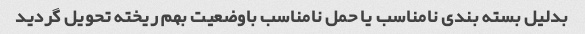
بدلیل بسته بندی نامناسب یا حمل نامناسب باوضعیت بهم ریخته تحویل گردید